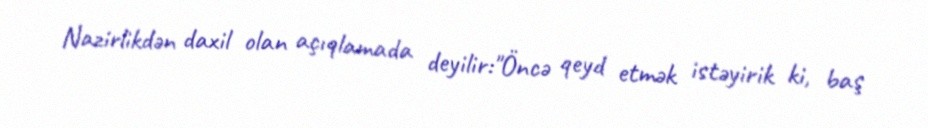
Nazirlikdən daxil olan açıqlamada deyilir:"Öncə qeyd etmək istəyirik ki, baş